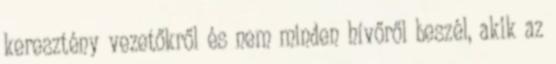
keresztény vezetőkről és nem minden hívőről beszél, akik az